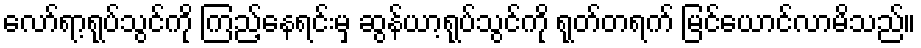
လော်ရာ့ရုပ်သွင်ကို ကြည့်နေရင်းမှ ဆွန်ယာ့ရုပ်သွင်ကို ရုတ်တရက် မြင်ယောင်လာမိသည်။